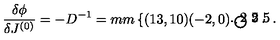
\frac { \delta \phi } { \delta J ^ { ( 0 ) } } = - D ^ { - 1 } = \setlength { \unitlength } { 1 m m } \left\{ \begin{picture} { ( 1 3 , 1 0 ) ( - 2 , 0 ) \thicklines \put ( 4 , 1 ) { \circle { 8 } } \put ( - 0 . 2 5 , 1 ) { \circle * { 1 } } \put ( 8 . 2 5 , 1 ) { \circle * { 1 } } } \\ \end{picture} \right. .